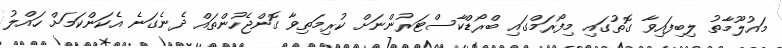
މައުލޫމާތު ލިބިފައިވާ ގޮތުގައި މިފޯރަމްގައި ބްރޯޑްކާސްޓަރުންނަށް ކުރިމަތިވާ ގޮންޖެހުންތައް ދެނެގަނެ އެކަންކަމަށް ހައްލު